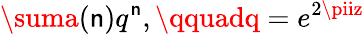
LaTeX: \suma(\mathsf{n})q^{\mathsf{n}},\qquadq=e^{2\piiz}